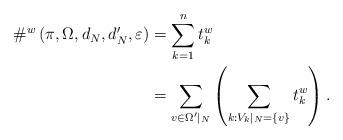
LaTeX: \begin{align*} \#^w\left(\pi, \Omega, d_N,d^\prime_N, \varepsilon\right) &= \sum_{k=1}^n t_k^w \\ & = \sum_{v\in \Omega^\prime|_N}\left(\sum_{k: V_k|_N = \{v\}} t_k^w\right). \end{align*}